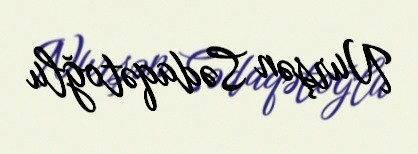
Nurşən Sədaqətoğlu